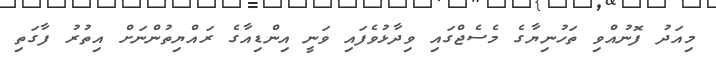
މިއަދު ފޮނުއްވި ތަހުނިޔާގެ މެސެޖްގައި ވިދާޅުވެފައި ވަނީ އިންޑިއާގެ ރައްޔިތުންނަށް އިތުރު ފާގަތި